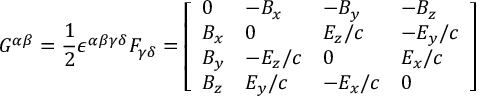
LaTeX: G ^ { \alpha \beta } = { \frac { 1 } { 2 } } \epsilon ^ { \alpha \beta \gamma \delta } F _ { \gamma \delta } = { \left[ \begin{array} { l l l l } { 0 } & { - B _ { x } } & { - B _ { y } } & { - B _ { z } } \\ { B _ { x } } & { 0 } & { E _ { z } / c } & { - E _ { y } / c } \\ { B _ { y } } & { - E _ { z } / c } & { 0 } & { E _ { x } / c } \\ { B _ { z } } & { E _ { y } / c } & { - E _ { x } / c } & { 0 } \end{array} \right] }